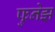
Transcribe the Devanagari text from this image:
फुनेझ